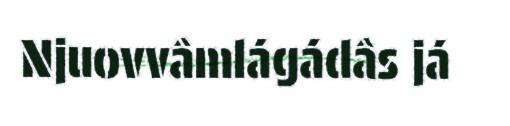
Njuovvâmlágádâs já